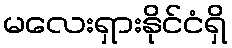
မလေးရှားနိုင်ငံရှိ